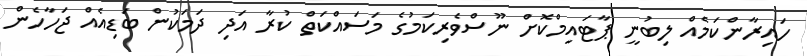
ހައިރާންކަމެއް ލިބުނީ ޕާޓައިމްކޮށް ނޫސްވެރިކަމުގެ މަސައްކަތް ކުރާ އަދި ދަމަކުން ބަޑިއެއް ޖަހާހެން